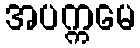
အပက္ကမေ